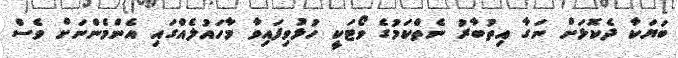
ބަޔަކާ ދެކޮޅަށް ނަގާ އިތުބާރު ނެތްކަމުގެ ވޯޓަކީ ހުޅުވިފައިވާ މާހައުލެއްގައި އެންމެންނަށް ވެސް